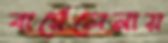
বার্সেলেনায়